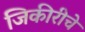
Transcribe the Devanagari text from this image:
जिकीरीचे